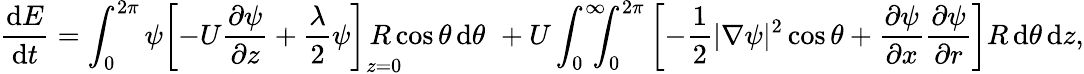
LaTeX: \frac{\mathrm{d}E}{\mathrm{d}t}=\int_{0}^{2\pi}\psi\left[-U\frac{\partial\psi}{\partial z}+\frac{\lambda}{2}\psi\right]_{z=0}\! \! \! \! \! \! \! R\cos\theta\, \textrm{d}\theta\, \, +U\int_{0}^{\infty}\! \! \! \! \int_{0}^{2\pi}\left[-\frac{1}{2}|\nabla\psi|^{2}\cos\theta+\frac{\partial\psi}{\partial x}\frac{\partial\psi}{\partial r}\right]R\, \textrm{d}\theta\, \textrm{d}z,